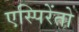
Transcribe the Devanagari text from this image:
एस्पिरेंतो